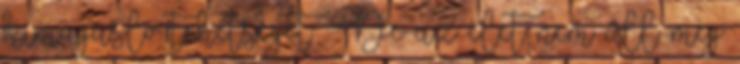
kimagasló tehetségét . De az élet nem áll meg